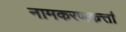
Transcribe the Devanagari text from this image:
नामकरणकर्त्ता